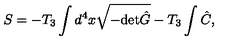
S = - T _ { 3 } \int d ^ { 4 } x \sqrt { - \mathrm { d e t } \hat { G } } - T _ { 3 } \int \hat { C } ,